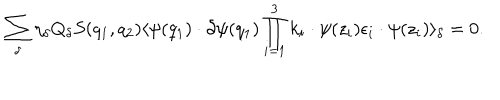
\sum _ { \delta } \eta _ { \delta } Q _ { \delta } S ( q _ { 1 } , q _ { 2 } ) \langle \psi ( q _ { 1 } ) \cdot \partial \psi ( q _ { 1 } ) \prod _ { i = 1 } ^ { 3 } k _ { i } \cdot \psi ( z _ { i } ) \epsilon _ { i } \cdot \psi ( z _ { i } ) \rangle _ { \delta } = 0 .